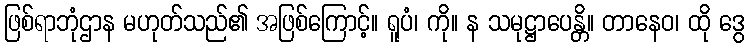
ဖြစ်ရာဘုံဌာန မဟုတ်သည်၏ အဖြစ်ကြောင့်။ ရူပံ၊ ကို။ န သမုဋ္ဌာပေန္တိ။ တာနေဝ၊ ထို ဒွေ